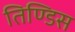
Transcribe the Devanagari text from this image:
तिण्डिस